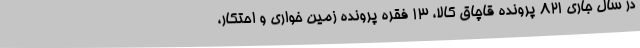
در سال جاری 821 پرونده قاچاق کالا، 13 فقره پرونده زمین خواری و احتکار،